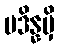
ပဒိန္နမှိ